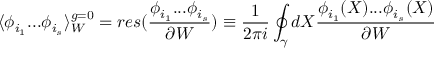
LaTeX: \langle \phi _ { i _ { 1 } } . . . \phi _ { i _ { s } } \rangle _ { W } ^ { g = 0 } = r e s ( \frac { \phi _ { i _ { 1 } } . . . \phi _ { i _ { s } } } { \partial W } ) \equiv \frac { 1 } { 2 \pi i } \oint _ { \gamma } d X \frac { \phi _ { i _ { 1 } } ( X ) . . . \phi _ { i _ { s } } ( X ) } { \partial W }